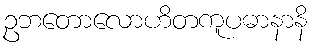
ဥဘတောလောဟိတကူပဓာနာနိ